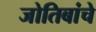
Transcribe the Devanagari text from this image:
जोतिबांचे